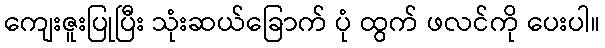
ကျေးဇူးပြုပြီး သုံးဆယ်ခြောက် ပုံ ထွက် ဖလင်ကို ပေးပါ။